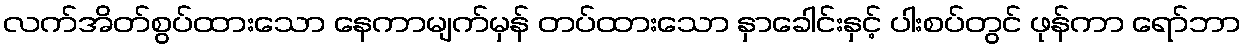
လက်အိတ်စွပ်ထားသော နေကာမျက်မှန် တပ်ထားသော နှာခေါင်းနှင့် ပါးစပ်တွင် ဖုန်ကာ ရော်ဘာ